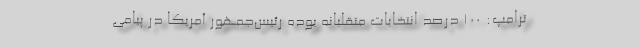
ترامپ: 100 درصد انتخابات متقلبانه بوده رئیس‌جمهور آمریکا در پیامی